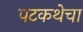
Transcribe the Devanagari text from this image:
पटकथेचा